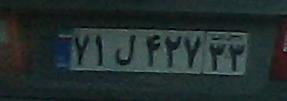
۷۱ل۴۲۷۳۳